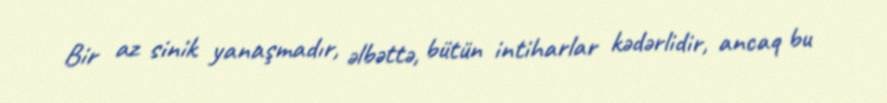
Bir az sinik yanaşmadır, əlbəttə, bütün intiharlar kədərlidir, ancaq bu